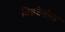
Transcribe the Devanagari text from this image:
तिव्रतेतील